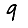
Digit: 9